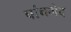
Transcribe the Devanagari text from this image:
पांचभेद